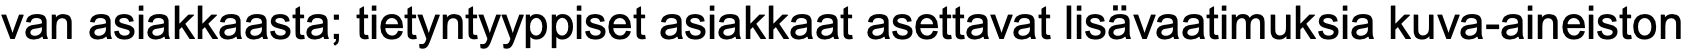
van asiakkaasta; tietyntyyppiset asiakkaat asettavat lisävaatimuksia kuva-aineiston